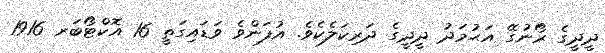
ދީދީގެ ރޯނުގޭ އަޙުމަދު ދީދީގެ ދަރިކަލެކެވެ. އުފަންވެ ވަޑައިގަތީ 16 އޮކްޓޯބަރ 1916